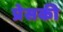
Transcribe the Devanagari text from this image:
प्रेसकी